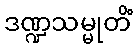
ဒဏ္ဍသမ္မုတိံ